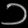
Digit: ၁